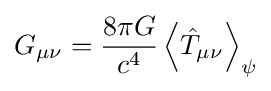
G_{\mu \nu }={\frac {8\pi G}{c^{4}}}\left\langle {\hat {T}}_{\mu \nu }\right\rangle _{\psi }